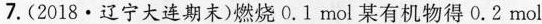
7.(2018·辽宁大连期末)燃烧0.1mol某有机物得0.2mol